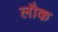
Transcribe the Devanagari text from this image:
लौक